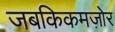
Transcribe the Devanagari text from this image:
जबकिकमज़ोर